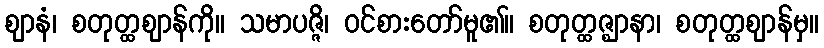
ဈာနံ၊ စတုတ္ထဈာန်ကို။ သမာပဇ္ဇိ၊ ဝင်စားတော်မူ၏။ စတုတ္ထဇ္ဈာနာ၊ စတုတ္ထဈာန်မှ။